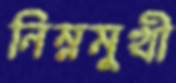
নিম্নমুখী